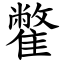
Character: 䨆